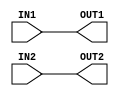
module CONNECTNET2(OUT1, OUT2, IN1, IN2);
output OUT1;
output OUT2;
input IN1;
input IN2;
assign OUT1 = IN1;
assign OUT2 = IN2;
endmodule